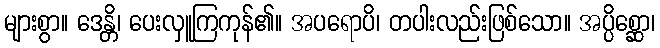
များစွာ။ ဒေန္တိ၊ ပေးလှူကြကုန်၏။ အပရောပိ၊ တပါးလည်းဖြစ်သော။ အပ္ပိစ္ဆော၊